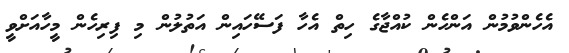
އެހެންވުމުން އަންހެން ކުއްޖާގެ ހިތް އެހާ ފަސޭހައިން އަތުލުން މި ފިރިހެން މީހާއަށްވީ